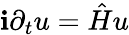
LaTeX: \mathbf{i}\partial_{t}u={\hat{{H}}}u